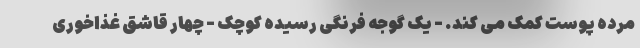
مرده پوست کمک می کند. - یک گوجه فرنگی رسیده کوچک - چهار قاشق غذاخوری